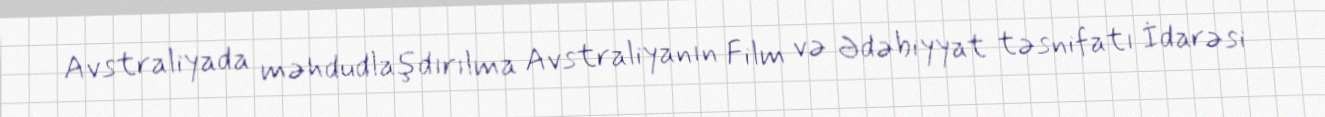
Avstraliyada məhdudlaşdırılma Avstraliyanın Film və Ədəbiyyat təsnifatı İdarəsi